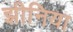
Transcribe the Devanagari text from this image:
झीनिया